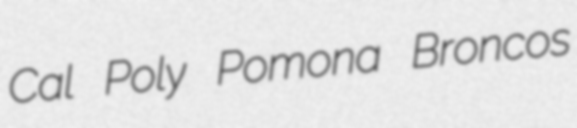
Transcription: Cal Poly Pomona Broncos